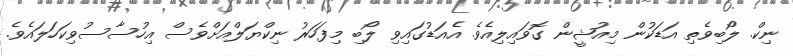
ނިކް. ލޯބިވެތި އަޑަކުން މިއުޝީން ގޮވައިލިއެވެ. އެއަޑުގައިވި ލޯބި މިފަހަރު ނިކްޔަލްއަށްވެސް އިހުސާސުވިކަހަލައެވެ.